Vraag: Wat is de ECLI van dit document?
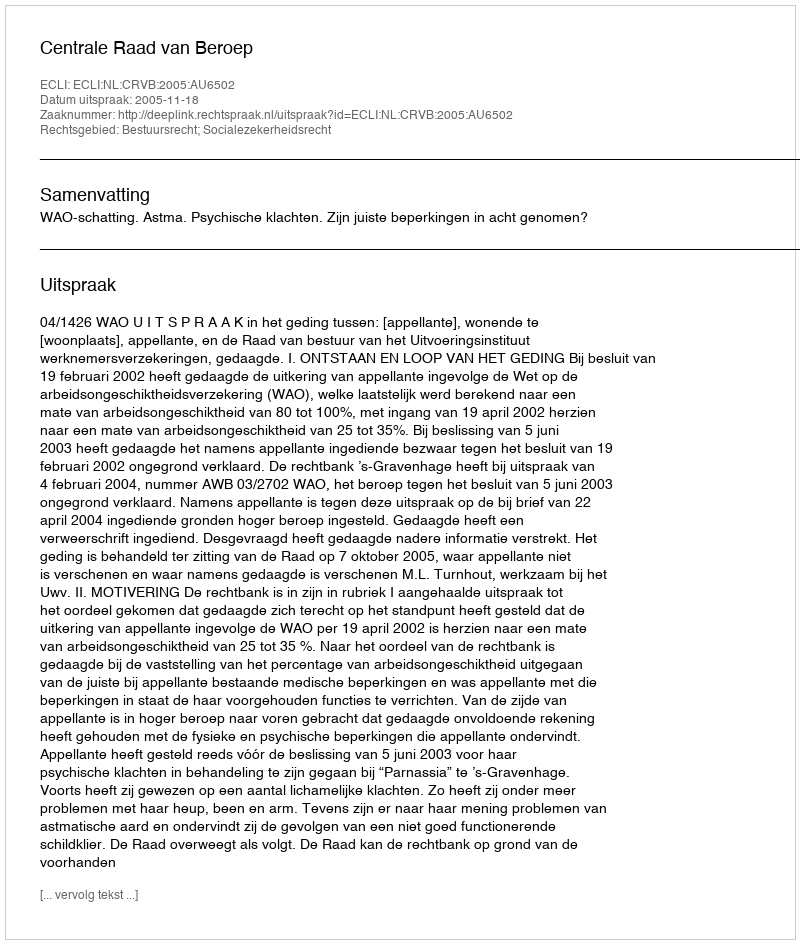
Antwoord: ECLI:NL:CRVB:2005:AU6502